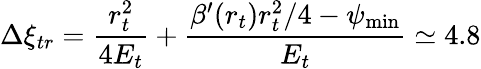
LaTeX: \Delta\xi_{tr}=\frac{r_{t}^{2}}{4E_{t}}+\frac{\beta^{\prime}(r_{t})r_{t}^{2}/4-\psi_{\operatorname*{min}}}{E_{t}}\simeq 4.8